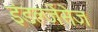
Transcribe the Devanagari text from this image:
इंडल्जेंसेज